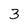
Character: 3